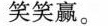
笑笑赢。